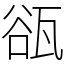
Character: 𤭏